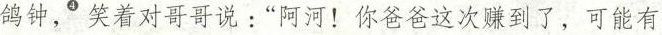
鸽钟^{④}，笑着对哥哥说:“阿河!你爸爸这次赚到了，可能有